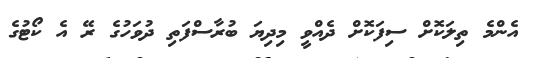
އެންމެ ތިލަކޮށް ސިފަކޮށް ދެއްވީ މިދިޔަ ބުރާސްފަތި ދުވަހުގެ ރޭ އެ ކޯޓުގެ